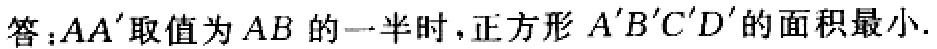
答：$AA'$取值为$AB$的一半时，正方形$A'B'C'D'$的面积最小.